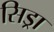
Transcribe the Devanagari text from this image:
सिड्रा